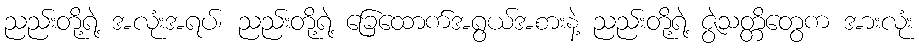
ညည်းတို့ရဲ့ အလုံးအရပ်၊ ညည်းတို့ရဲ့ ခြေထောက်အရွယ်အစားနဲ့ ညည်းတို့ရဲ့ ဇွဲသတ္တိတွေက အားလုံး